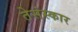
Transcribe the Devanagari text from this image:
तेसंस्कार